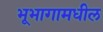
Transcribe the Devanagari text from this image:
भूभागामधील